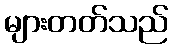
များတတ်သည်